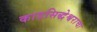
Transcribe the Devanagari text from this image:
काडसिद्धेश्वराचा